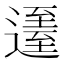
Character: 𨖹